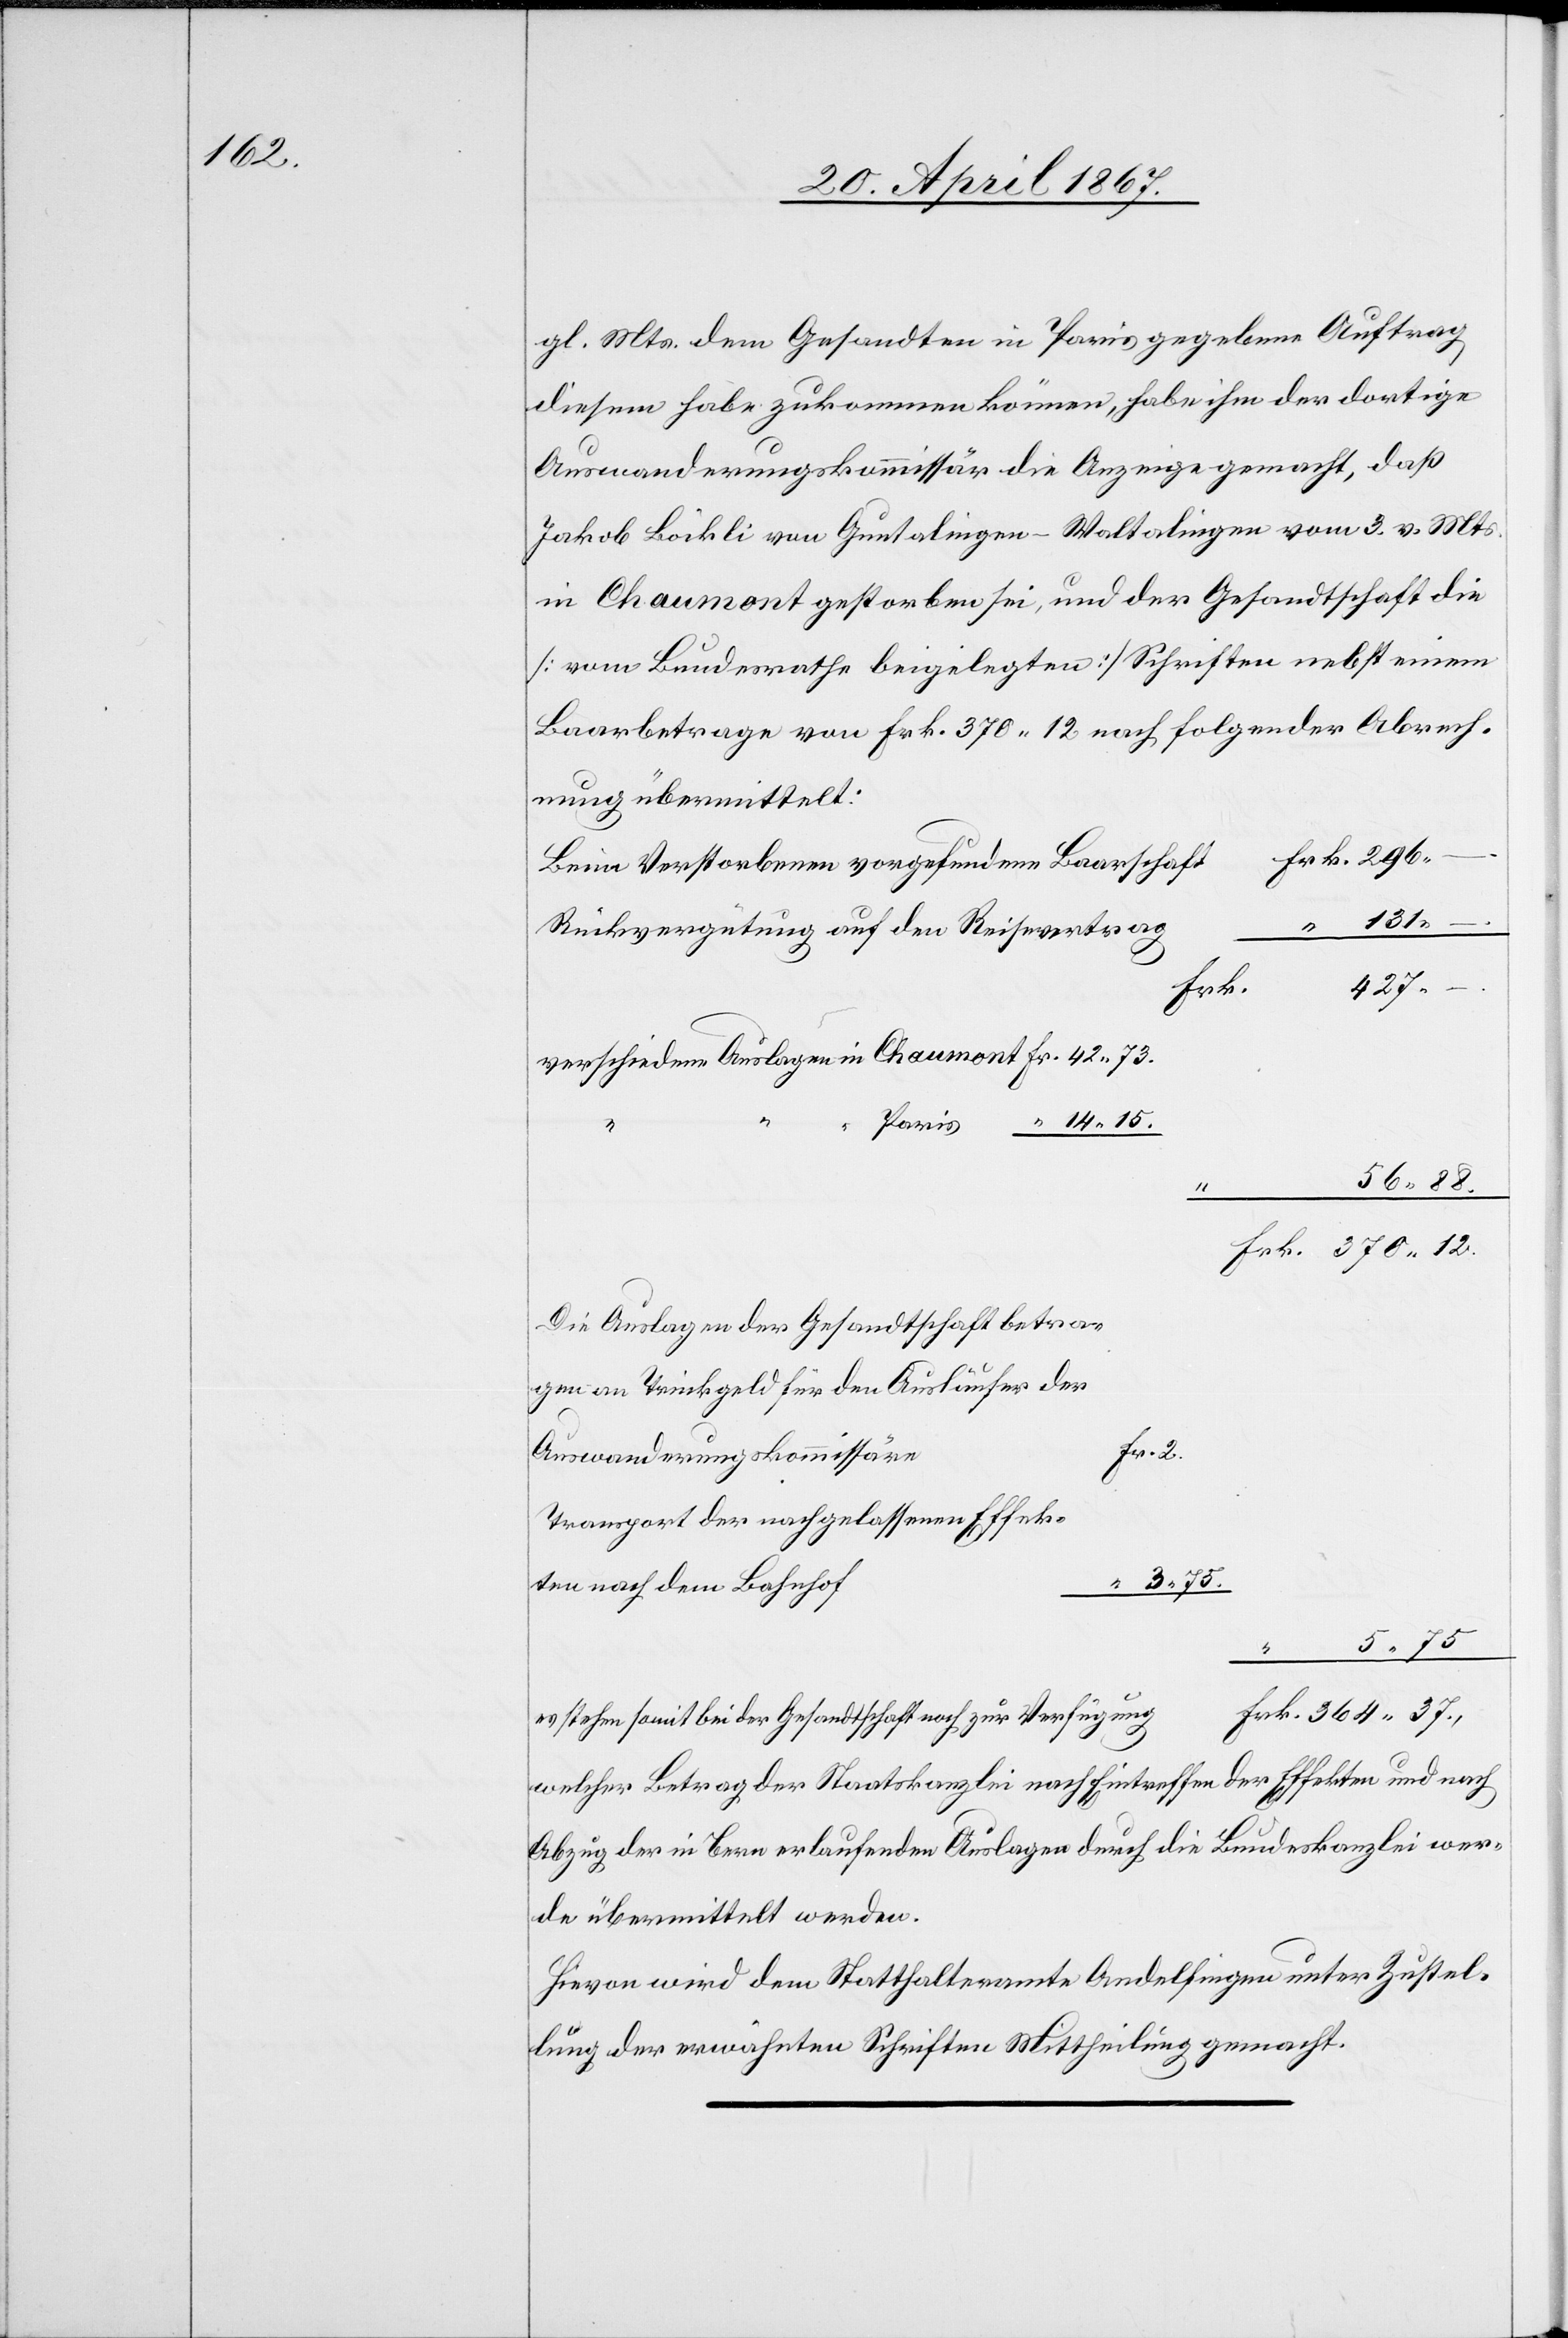
gl. Mts. dem Gesandten in Paris gegebene Auftrag
diesem habe zukommen können, habe ihm der dortige
Auswanderungskommissär die Anzeige gemacht, daß
Jakob Böckli von Guntalingen-Waltalingen am 3. v. Mts.
in Chaumont gestorben sei, und der Gesandtschaft die
[vom Bundesrathe beigelegten] Schriften nebst einem
Baarbetrage von Frk. 370. 12 nach folgender Abrech¬
nung übermittelt:
Beim Verstorbenen vorgefundene Baarschaf¬
k.	296.
–
–
Rückvergütung auf den Reisevertra¬
Effek¬
verschiedene Auslagen in 	Chaumont 	Fr. 	42. 73.
56. 88.
15.
Frk.	370. 12.
Die Auslagen an der Gesandtschaft betrag¬
e	Fr.	 2.
Auswanderungskommissär¬
Transport der nachgelassenen
ten nach dem Bahnhof¬
quartier
5. 75
g		Frk.	364. 37.,
es stehen somit bei der Gesandtschaft zur Verfügun¬
welcher Betrag der Staatskanzlei nach Eintreffen der Effekten und nach
Abzug der in Bern erlaufenen Auslagen durch die Bundeskanzlei wer¬
de übermittelt werden.
Hievon wird dem Statthalteramt Andelfingen unter Zustel¬
lung der erwähnten Schriften Mittheilung gemacht.